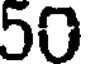
50